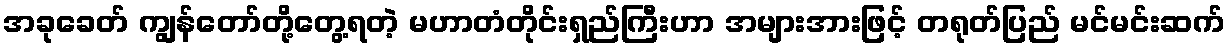
အခုခေတ် ကျွန်တော်တို့တွေ့ရတဲ့ မဟာတံတိုင်းရှည်ကြီးဟာ အများအားဖြင့် တရုတ်ပြည် မင်မင်းဆက်